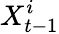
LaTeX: X_{t-1}^{i}